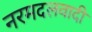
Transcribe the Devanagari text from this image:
नरमदलवादी